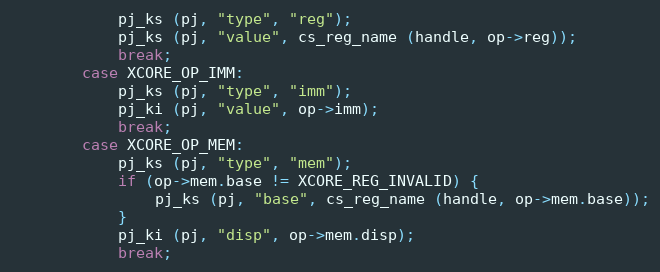
Language: C
			pj_ks (pj, "type", "reg");
			pj_ks (pj, "value", cs_reg_name (handle, op->reg));
			break;
		case XCORE_OP_IMM:
			pj_ks (pj, "type", "imm");
			pj_ki (pj, "value", op->imm);
			break;
		case XCORE_OP_MEM:
			pj_ks (pj, "type", "mem");
			if (op->mem.base != XCORE_REG_INVALID) {
				pj_ks (pj, "base", cs_reg_name (handle, op->mem.base));
			}
			pj_ki (pj, "disp", op->mem.disp);
			break;